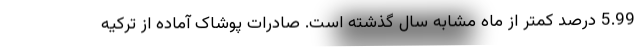
5.99 درصد کمتر از ماه مشابه سال گذشته است. صادرات پوشاک آماده از ترکیه